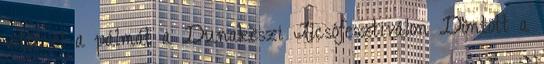
vitte el a pálmát a Dunakeszi Alcsófesztiválon Döntött a